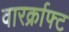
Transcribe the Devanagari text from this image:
वारर्क्राफ्ट